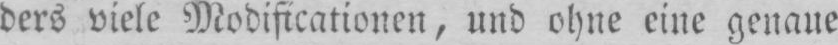
ders viele Modifikationen, und ohne eine genaue